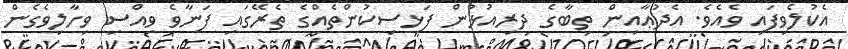
އެކުލެވިފައި ވެއެވެ. އެދުޢާއިން ތިބާގެ ދިރިއުޅުން ފަޅިސިކުންތެއްގެ ތެރޭގައި ފަނާވެ ވިއްސި ވިހާލިވެގެން